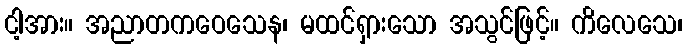
ငါ့အား။ အညာတကဝေသေန၊ မထင်ရှားသော အသွင်ဖြင့်။ ကိလေသေ၊